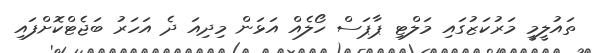
ތައުލީމީ މަރުކަޒުގައި މަލްޓި ޕާޕަސް ހޯލެއް އަޅަން މިދިއަ ދެ އަަހަރު ބަޖެޓްކޮށްފައި